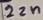
Text: 22n